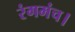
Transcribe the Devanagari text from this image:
रंगमंच।